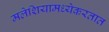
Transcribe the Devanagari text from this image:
मलेशियामध्येकरतात